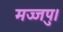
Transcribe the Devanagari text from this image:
मज्जपु।